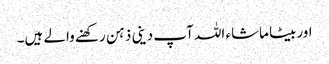
اوربیٹا ماشاء اللہ آپ دینی ذہن رکھنے والے ہیں۔